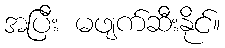
အပြီး မဖျက်ဆီးနိုင်။